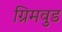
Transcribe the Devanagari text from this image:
ग्रिमवुड